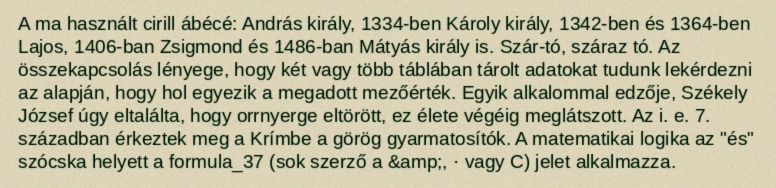
A ma használt cirill ábécé: András király, 1334-ben Károly király, 1342-ben és 1364-ben Lajos, 1406-ban Zsigmond és 1486-ban Mátyás király is. Szár-tó, száraz tó. Az összekapcsolás lényege, hogy két vagy több táblában tárolt adatokat tudunk lekérdezni az alapján, hogy hol egyezik a megadott mezőérték. Egyik alkalommal edzője, Székely József úgy eltalálta, hogy orrnyerge eltörött, ez élete végéig meglátszott. Az i. e. 7. században érkeztek meg a Krímbe a görög gyarmatosítók. A matematikai logika az "és" szócska helyett a formula_37 (sok szerző a &amp;, · vagy C) jelet alkalmazza.